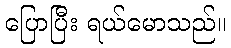
ပြောပြီး ရယ်မောသည်။